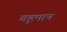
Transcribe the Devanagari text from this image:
बहूमान